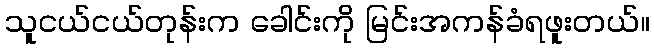
သူငယ်ငယ်တုန်းက ခေါင်းကို မြင်းအကန်ခံရဖူးတယ်။